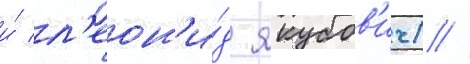
и́ л'еон'и́д якубов'ич) //